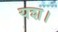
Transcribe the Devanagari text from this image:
यश।